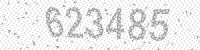
Solution: 623485